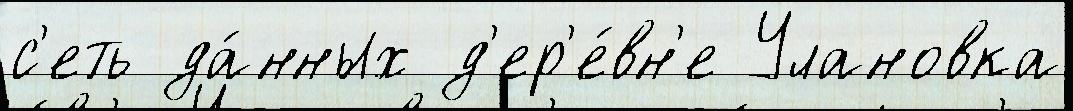
с'еть да́нных д'ер'е́вн'е Улановка